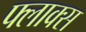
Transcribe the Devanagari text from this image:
फ्लाक्स